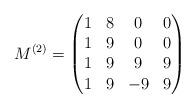
LaTeX: \begin{align*}M^{(2)} =\begin{pmatrix}1 & 8 & 0 & 0 \\1 & 9 & 0 & 0 \\1 & 9 & 9 & 9 \\1 & 9 & -9 & 9\end{pmatrix}\end{align*}